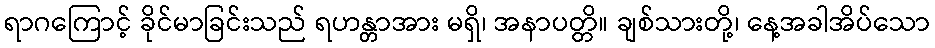
ရာဂကြောင့် ခိုင်မာခြင်းသည် ရဟန္တာအား မရှိ၊ အနာပတ္တိ။ ချစ်သားတို့၊ နေ့အခါအိပ်သော